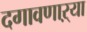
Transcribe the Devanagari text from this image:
दगावणाऱ्या